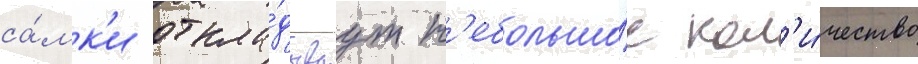
са́мк'и откла́дываут н'ебольшо́е кол'и́чество